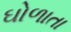
ઘોળાતા